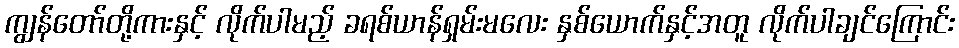
ကျွန်တော်တို့ကားနှင့် လိုက်ပါမည့် ခရစ်ယာန်ရှမ်းမလေး နှစ်ယောက်နှင့်အတူ လိုက်ပါချင်ကြောင်း